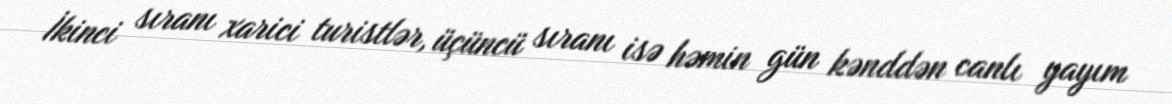
İkinci sıranı xarici turistlər, üçüncü sıranı isə həmin gün kənddən canlı yayım